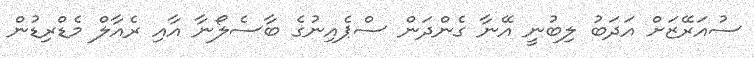
ސުއަރޭޒަށް އަދަބު ލިބުނީ އޭނާ ގެންދަން ސްޕެއިނުގެ ބާސެލޯނާ އާއި ރެއާލް މެޑްރިޑުން